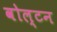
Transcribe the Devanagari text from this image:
वोल्टन